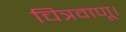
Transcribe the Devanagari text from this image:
चित्रवाणू।